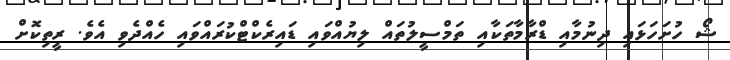
ޝޯ ހުށަހަޅައި ދިނުމާއި ޑްރާމާތަކާއި ތަމްސީލުތައް ލިޔުއްވައި ޑައިރެކްޓްކުރައްވައި ހެއްދެވި އެވެ. ރީތިކޮށް